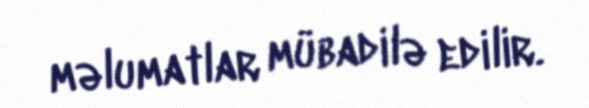
məlumatlar mübadilə edilir.